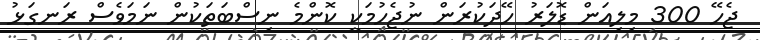
ޖެހޭ 300 މިލިއަން ޑޮލަރު ހޭދަކުރަން ނުޖެހުމަކީ ކޮންމެ ނިސްބަތަކުން ނަމަވެސް ރަނގަޅު